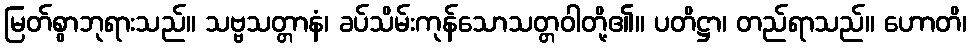
မြတ်စွာဘုရားသည်။ သဗ္ဗသတ္တာနံ၊ ခပ်သိမ်းကုန်သောသတ္တဝါတို့၏။ ပတိဋ္ဌာ၊ တည်ရာသည်။ ဟောတိ၊